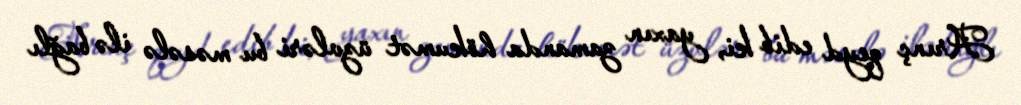
Arınç qeyd edib ki, yaxın zamanda hökumət üzvləri bu məsələ ilə bağlı